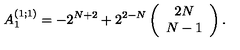
A _ { 1 } ^ { ( 1 ; 1 ) } = - 2 ^ { N + 2 } + 2 ^ { 2 - N } \left( \begin{array} { c } { 2 N } \\ { N - 1 } \\ \end{array} \right) .